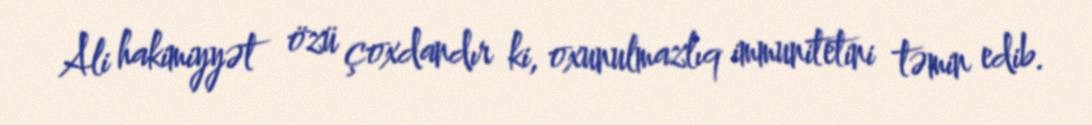
Ali hakimiyyət özü çoxdandır ki, oxunulmazlıq immunitetini təmin edib.